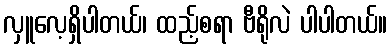
လှူလေ့ရှိပါတယ်၊ ထည့်စရာ ဗီရိုလဲ ပါပါတယ်။